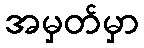
အမှတ်မှာ